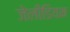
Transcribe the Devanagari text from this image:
जेलीडियम